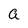
Character: a